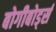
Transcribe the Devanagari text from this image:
बोगीबोर्ड्स